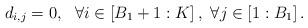
LaTeX: \begin{align*}d_{i,j}=0, ~~ \forall i\in\left[B_{1}+1:K\right], ~ \forall j\in\left[1:B_{1}\right].\end{align*}